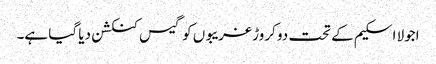
اجولا اسکیم کے تحت دو کروڑ غریبوں کو گیس کنکشن دیا گیا ہے۔